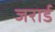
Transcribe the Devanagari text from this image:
जरार्ड